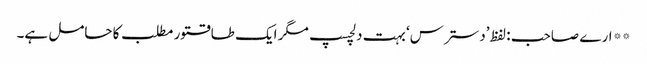
** ارے صاحب : لفظ ’دسترس‘ بہت دلچسپ مگر ایک طاقتور مطلب کا حامل ہے۔